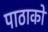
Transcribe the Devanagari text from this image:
पाठाकों